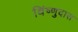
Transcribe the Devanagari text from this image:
विंष्णुदास